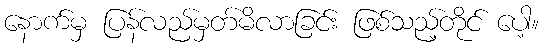
နောက်မှ ပြန်လည်မှတ်မိလာခြင်း ဖြစ်သည့်တိုင် ပေါ့။